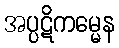
အပ္ပဋိကမ္မေန